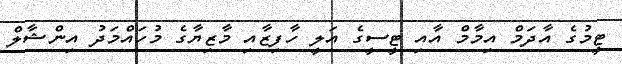
ޓީމުގެ އާދަމް އިމާމް އާއި ޓީސީގެ އަލީ ހާފިޒާއި މާޒިޔާގެ މުހައްމަދު އިންޝާލް